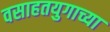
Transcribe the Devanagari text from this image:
वसाहतयुगाच्या